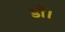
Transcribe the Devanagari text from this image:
डाॅ।